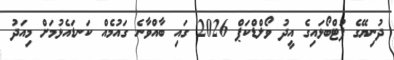
ދުނިޔޭގެ ފުޓްބޯޅައިގެ އީދު ވޯލްޑްކަޕް 2026 ގައި ބާއްވާނެ ގައުމެއް ކަނޑައެޅުމަށް މިއަދު